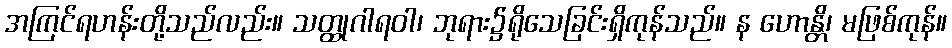
အကြင်ရဟန်းတို့သည်လည်း။ သတ္ထုဂါရဝါ၊ ဘုရား၌ရိုသေခြင်းရှိကုန်သည်။ န ဟောန္တိ၊ မဖြစ်ကုန်။